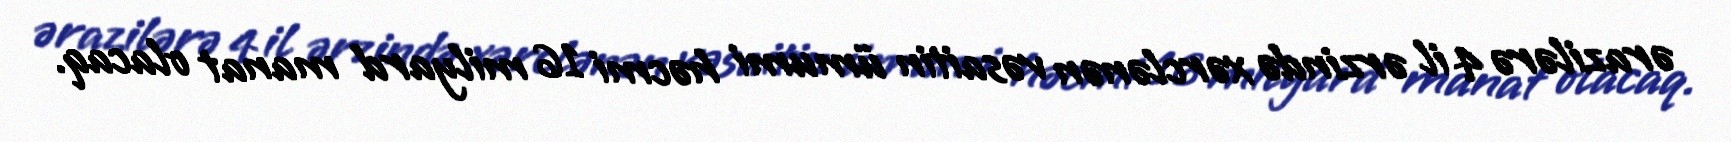
ərazilərə 4 il ərzində xərclənən vəsaitin ümumi həcmi 16 milyard manat olacaq.